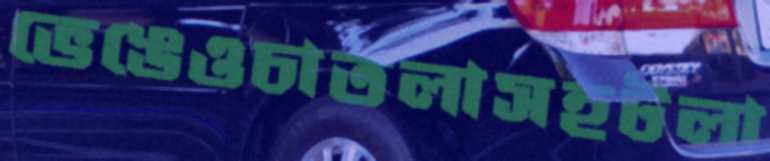
ভেঙেওচাতলাসহটলা